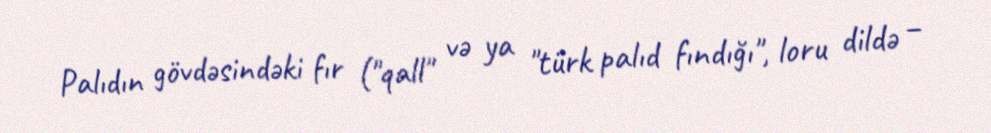
Palıdın gövdəsindəki fır ("qall" və ya "türk palıd fındığı", loru dildə –